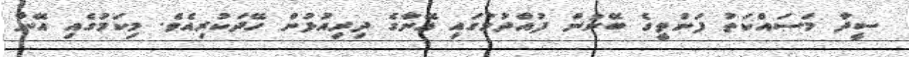
ސީދާ މަސައްކަތު ފަންތީގެ ބޭނުން ފުއްދުމުގައި އޭނާގެ ދިރިއުޅުން ހޭދަކުރިއެވެ. މިކަމުގެއި އޭނާ